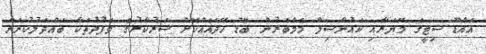
އައްޑޫ ސިޓީގެ މޭޔަރާއި ކައުންސިލް މެމްބަރުން ބޮޑު ހޭދައެއްކޮށް ސަރުކާރުގެ ވަފުދުތަކާ ބައްދަލުކުރަން